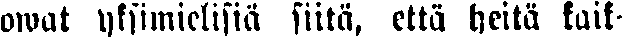
owat yksimielisiä siitä, että heitä kaik-